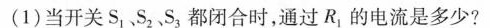
(1)当开关S_{1}.S_{2}S_{3}，都闭合时，通过R，的电流是多少?